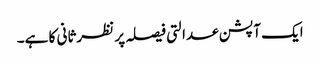
ایک آپشن عدالتی فیصلہ پر نظرثانی کا ہے۔